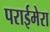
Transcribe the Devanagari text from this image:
पराईमेरा